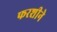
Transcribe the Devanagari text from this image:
फरशीने